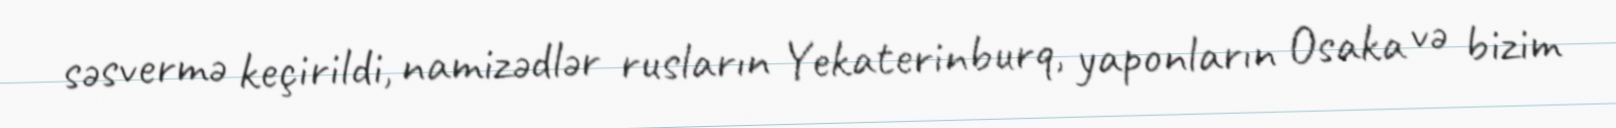
səsvermə keçirildi, namizədlər rusların Yekaterinburq, yaponların Osaka və bizim